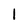
Character: l